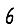
Digit: 6